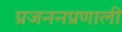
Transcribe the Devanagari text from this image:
प्रजननप्रणाली